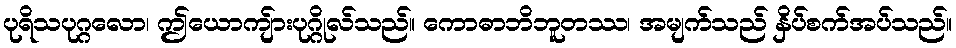
ပုရိသပုဂ္ဂလော၊ ဤယောကျ်ားပုဂ္ဂိုလ်သည်။ ကောဓာဘိဘူတဿ၊ အမျက်သည် နှိပ်စက်အပ်သည်။